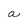
Character: a